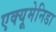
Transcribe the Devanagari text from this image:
एक्यूमेनिडा